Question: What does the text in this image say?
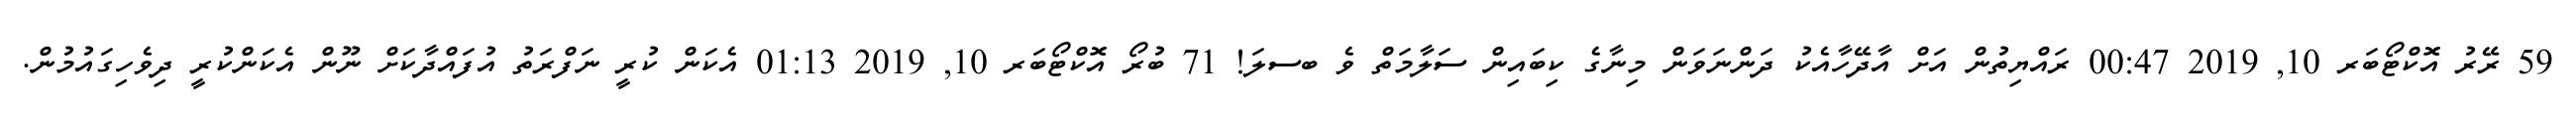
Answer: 59 ރޭރު އޮކްޓޯބަރ 10, 2019 00:47 ރައްޔިތުން އަށް އާދޭހާއެކު ދަންނަވަން މިނާގެ ކިބައިން ސަލާމަތް ވެ ބސލަ! 71 ބުރޯ އޮކްޓޯބަރ 10, 2019 01:13 އެކަން ކުރީ ނަފްރަތު އުފައްދާކަށް ނޫން އެކަންކުރީ ދިވެހިގައުމުން.